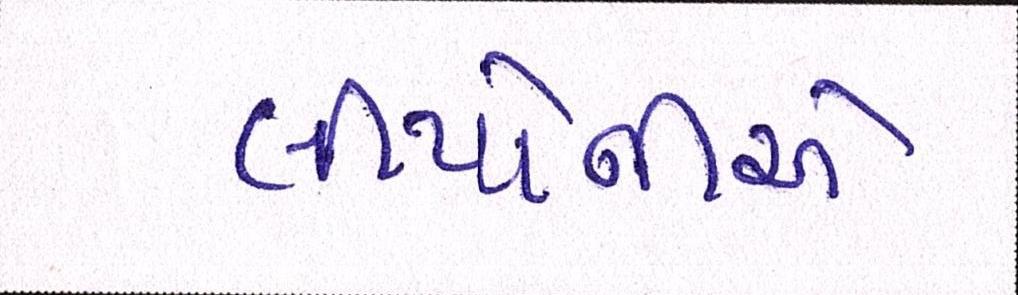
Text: લીયોનીએ